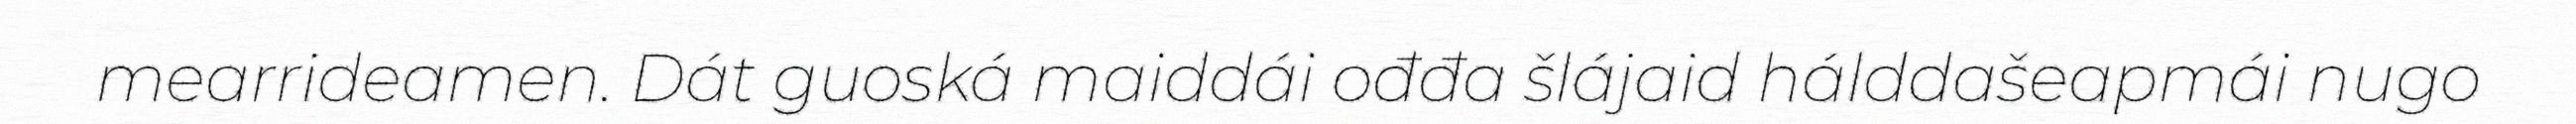
mearrideamen. Dát guoská maiddái ođđa šlájaid hálddašeapmái nugo